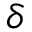
\delta